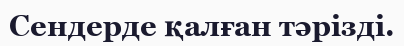
Сендерде қалған тәрізді.